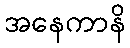
အနေကာနိ